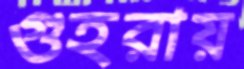
গুহরায়